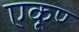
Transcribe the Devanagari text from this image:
एकूण्‍